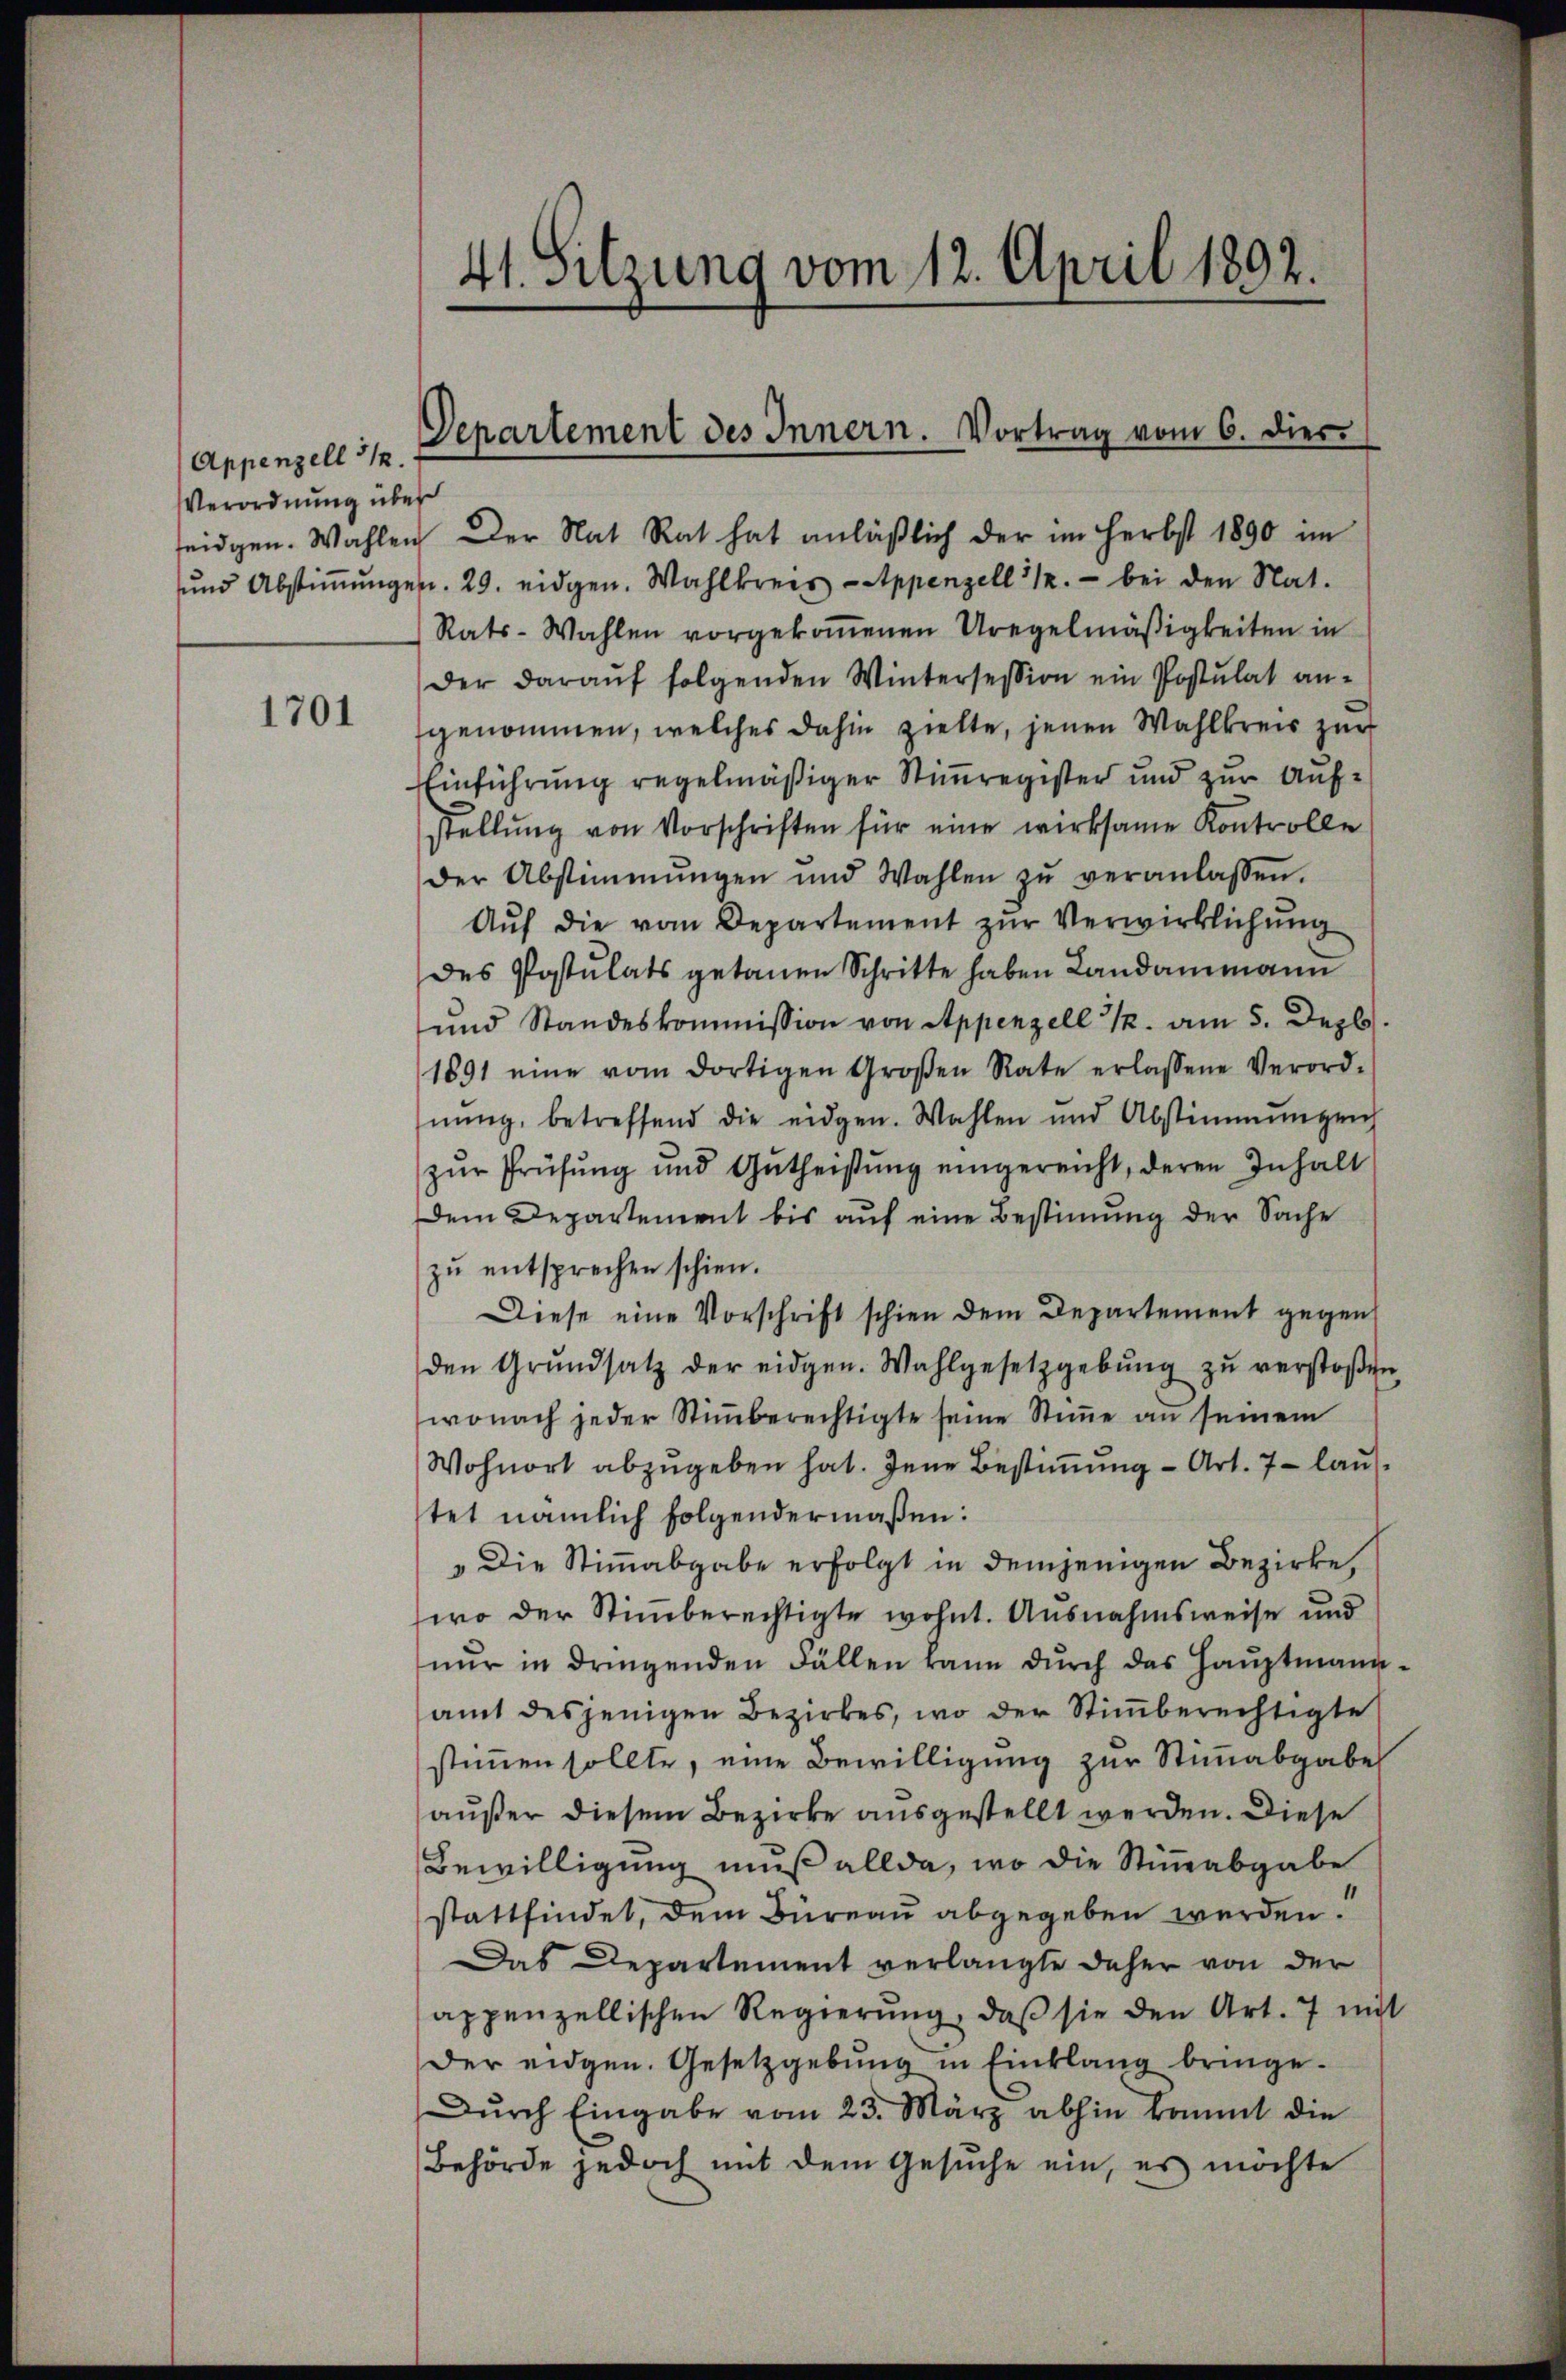
(Appenzell 112.
Verordnung über
und Abstimmunge

1701

41. Sitzung vom 12. April 1892.

Departement des Innern. Vortrag vom 6. dies

seidgen. Wahlen der Rat Rat hat anläßlich der im Herbst 1890 im
u. 29. eidgen. Wahlkreis - Appenzell 312.- bei den Nat.
Rats-Wahlen vorgekoṁenen Uregelmäßigkeiten in
der daraŭf folgenden Wintersession ein Postulat an-
genommen, welches dahin zielte, jenen Wahlkreis zur
Einführung regelmäßiger Stimmregister und zur Aufstellung von Vorschriften für eine wirksame Kontrolle
der Abstimmungen und Wahlen zŭ veranlassen.
Aŭf die vom Departement zŭr Verwirklichung
des Postulats getanen Schritte haben Landammann
und Standeskommission von Appenzell 12. am 5. Dez.
1891 eine vom dortigen Großen Rate erlassene Verord-
nŭng, betreffend die eidgen. Wahlen und Abstimmungen
zŭr Prüfung und Gutheißung eingereicht, deren Inhalt
Dem Departement bis auf eine Bestimmung der Sache
zŭ entsprechen schien.
Diese eine Vorschrift schien dem Departement gegen
den Grŭndsatz der eidgen. Wahlgesetzgebŭng zŭ verstoβen
wonach jeder Stiṁberechtigte seine Stimme an seinem
Wohnort abzugeben hat. Jene Bestimmung - Art. 7 - lauftet nämlich folgendermaßen:
"Die Stimmabgabe erfolgt in demjenigen Bezirke,
wo der Stimmberechtigte wohnt. Ausnahmsweise und
nŭr in dringenden Fällen kann dŭrch das Haŭptmann-
amt desjenigen Bezirkes, wo der Stiṁberechtigte
stimmen sollte, eine Bewilligung zur Stimmabgabe
außer diesem Bezirke ausgestellt werden. Diese
Bewilligung muß allda, wo die Stimmabgabe
stattfindet, dem Büreau abgegeben werden.
Das Departement verlangte daher von der
appenzellischen Regierŭng, daβ sie den Art. 7 mit
der eidgen. Gesetzgebŭng in Einklang bringe.
Dŭrch Eingabe vom 23. März abhin kommt die
Behörde jedoch mit dem Gesŭche ein, es möchte